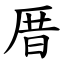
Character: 厝